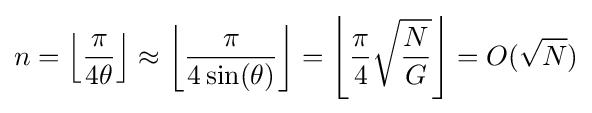
n=\left\lfloor {\frac {\pi }{4\theta }}\right\rfloor \approx \left\lfloor {\frac {\pi }{4\sin(\theta )}}\right\rfloor =\left\lfloor {\frac {\pi }{4}}{\sqrt {\frac {N}{G}}}\right\rfloor =O({\sqrt {N}})